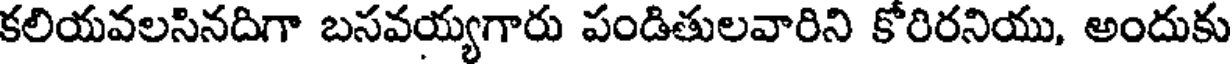
కలియవలసినదిగా బసవయ్యగారు పండితులవారిని కోరిరనియు, అందుకు